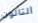
التالون